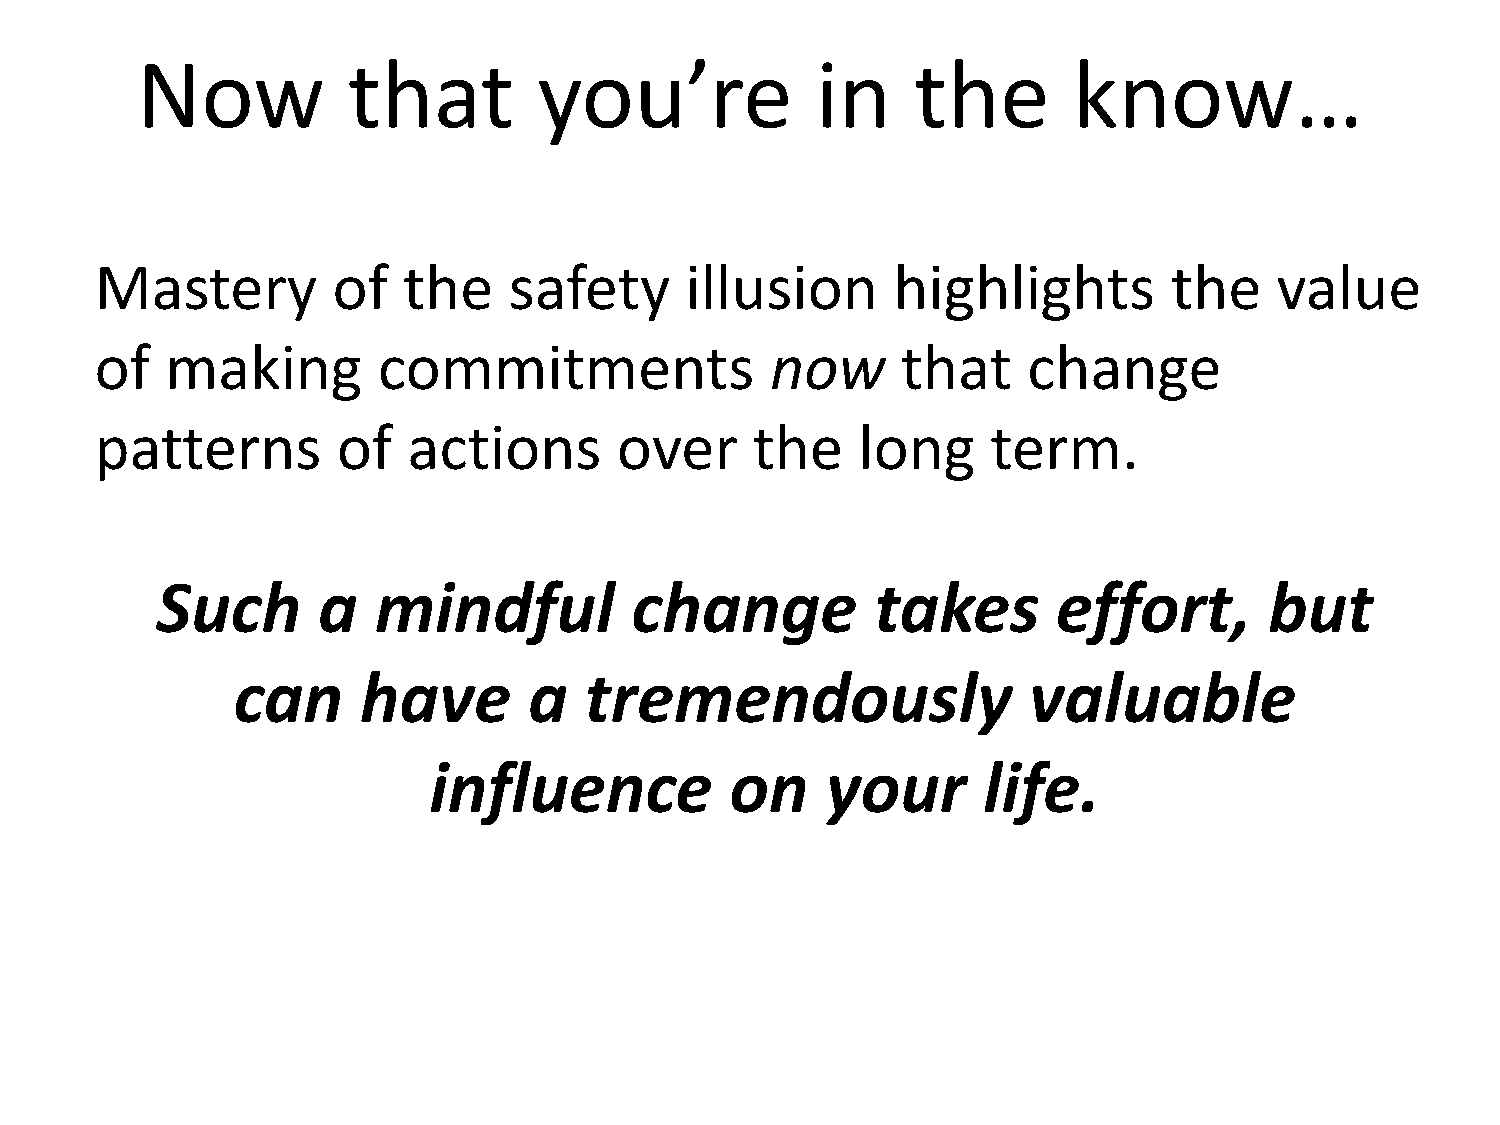
Now           that         you’re            in     the       know…
 Mastery         of   the    safety     illusion      highlights         the    value
 of   making        commitments               now      that    change
 patterns        of   actions       over     the    long     term.
 Such       a   mindful          change          takes       effort,       but
 can      have       a   tremendously                 valuable
 influence           on     your      life.